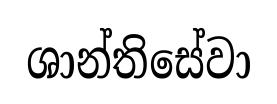
ශාන්තිසේවා